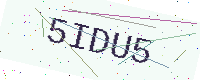
Text: 5IDU5